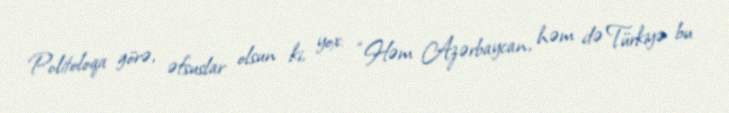
Politoloqa görə, əfsuslar olsun ki, yox: “Həm Azərbaycan, həm də Türkiyə bu